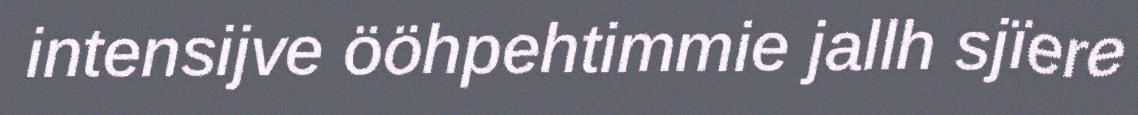
intensijve ööhpehtimmie jallh sjïere